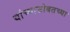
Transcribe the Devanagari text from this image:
यांच्यासोबतच्या